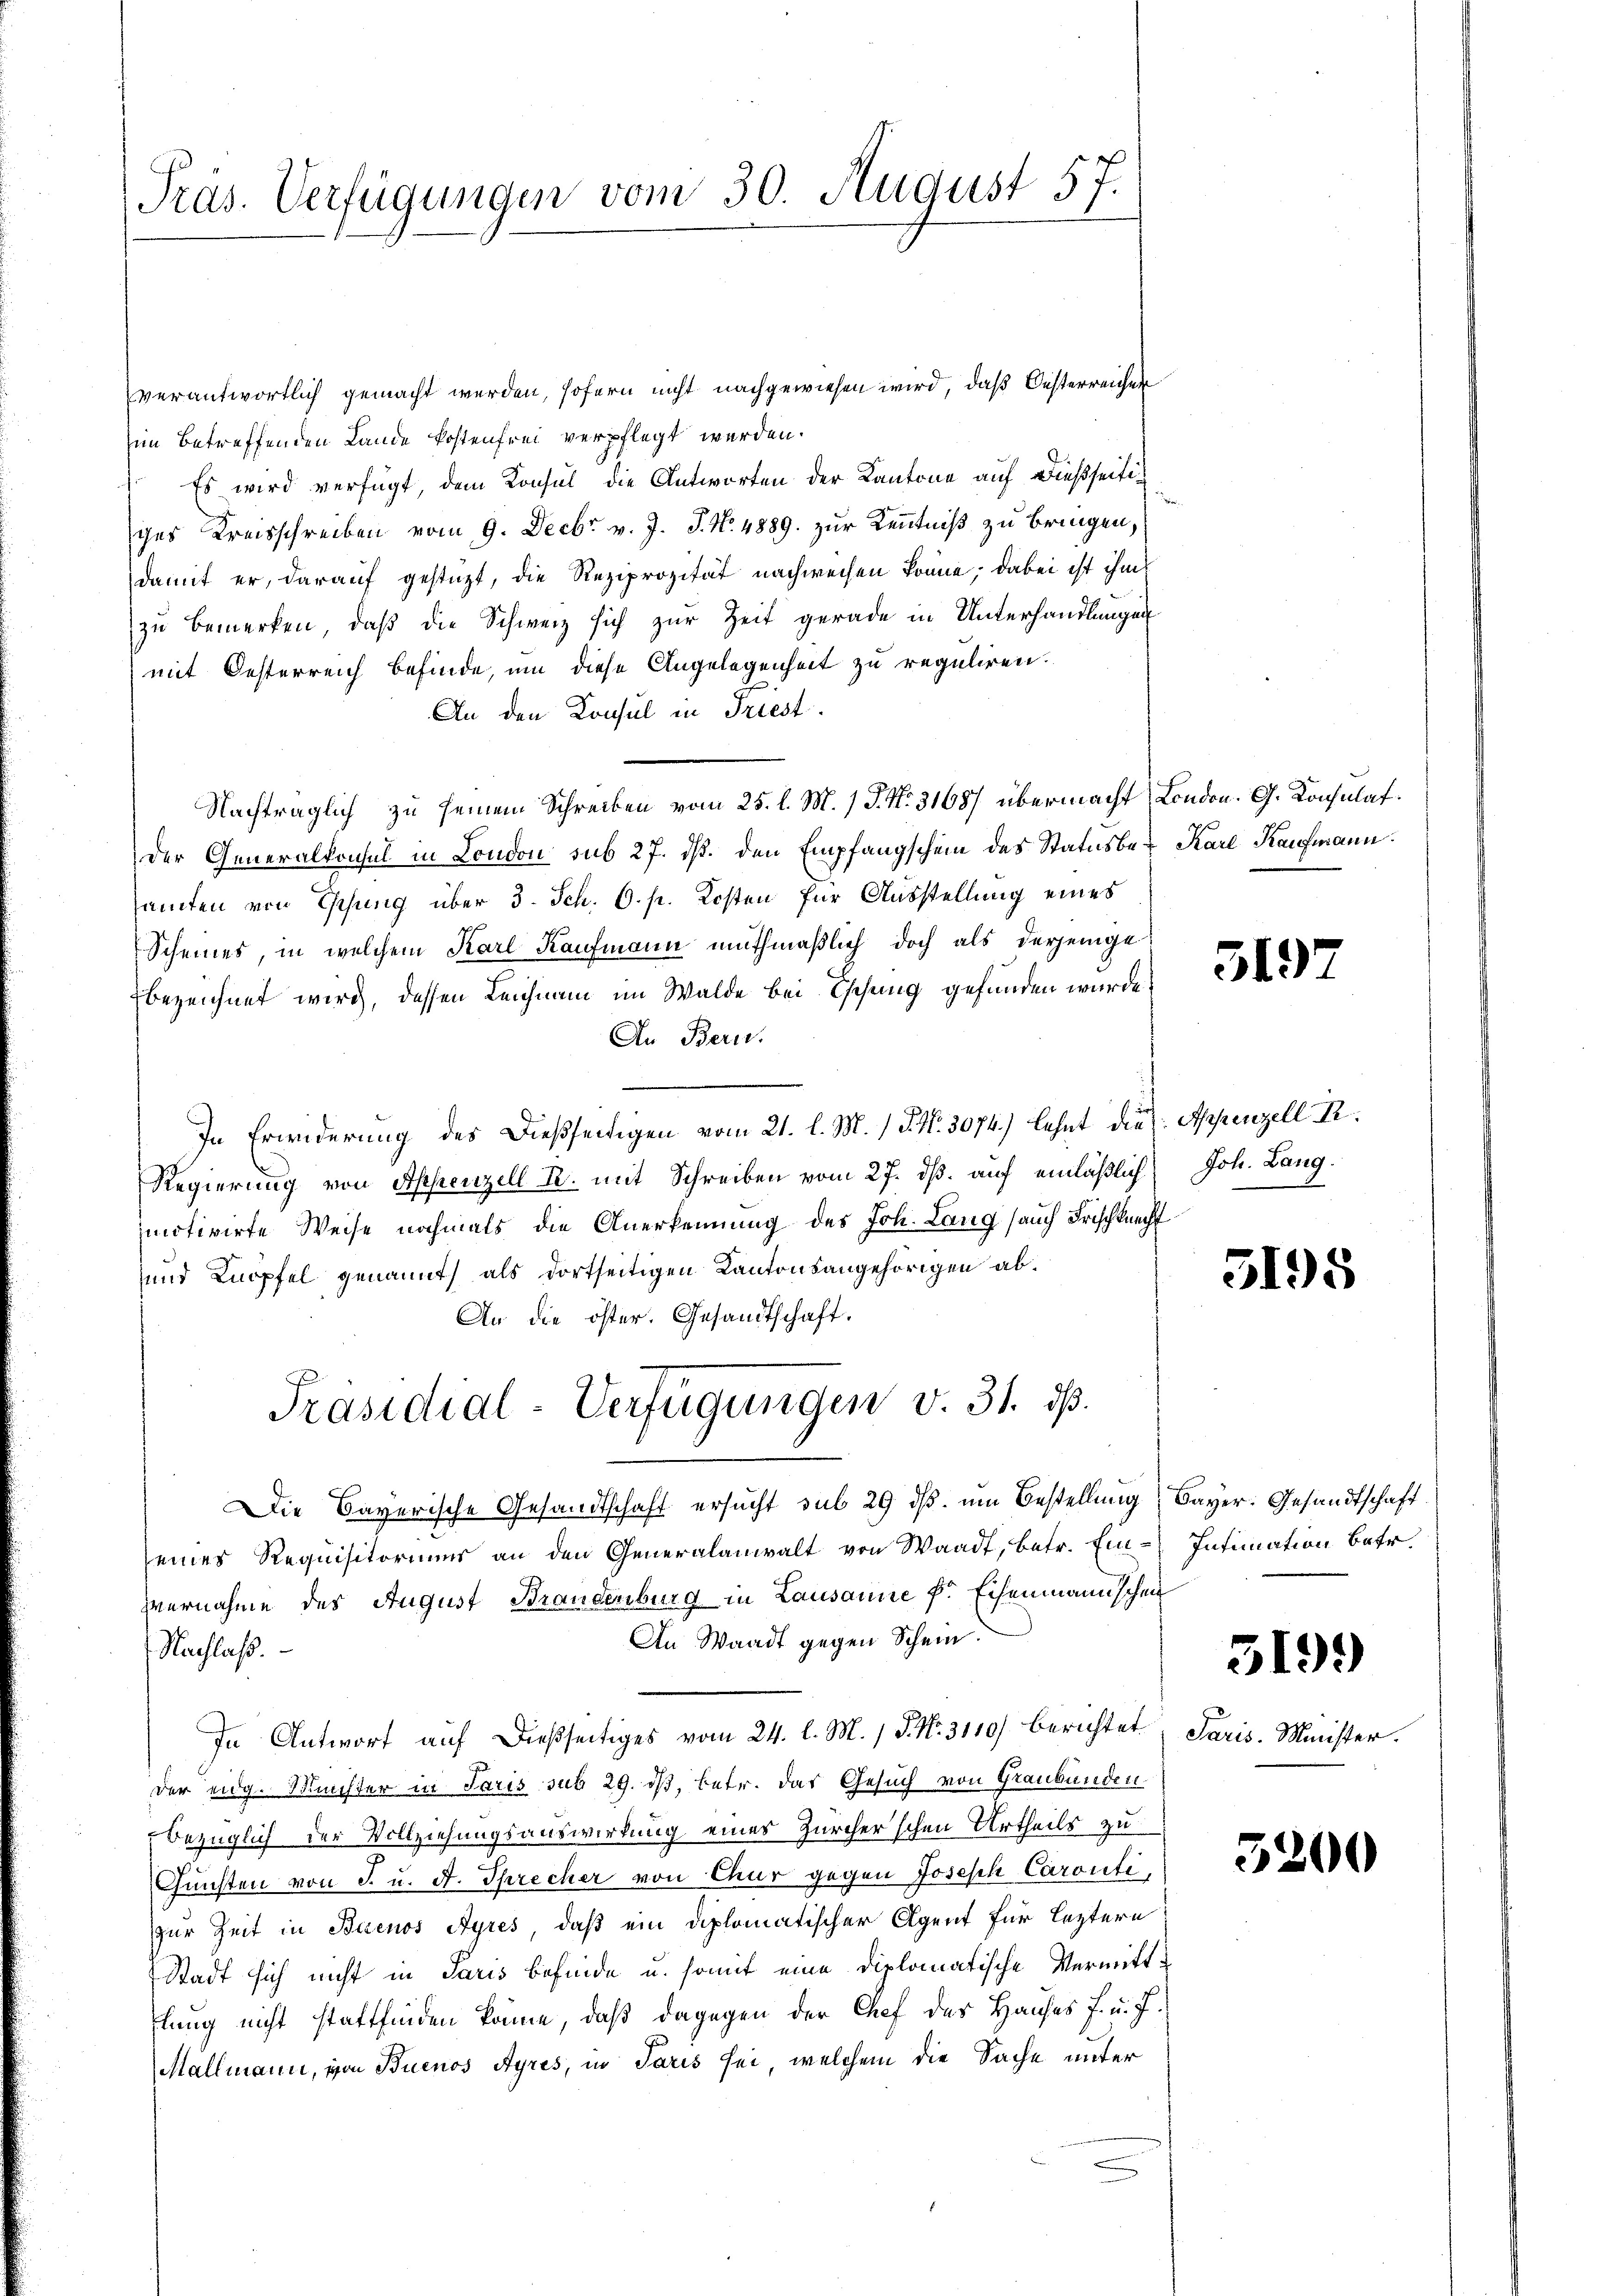
Präs. Verfügungen vom 30. August 57.

verantwortlich gemacht werden, sofern nicht nachgewiesen wird, daß Oesterreichen
im betreffenden Lande kostenfrei verpflegt werden.
 Es wird verfügt, dem Konsul die Antworten der Kantone auf dießseitiges Kreisschreiben vom 9. Decbr v. J. J. N. 4889. zur Kenntniß zu bringen,
damit er, darauf gestüzt, die Reziprozität nachweisen könne; dabei ist ihm
zŭ bemerken, daβ die Schweiz sich zŭr Zeit gerade in Unterhandlungen
mit Oesterreich befinde, um diese Angelegenheit zu reguliren.
An den Konsul in Triest.
Nachträglich zu seinem Schreiben vom 25. l. M. / J. N. 3108) übermacht, London. G. Konsulat
der Generalkonsul in London sub 27. ds. den Empfangschein des Status bei Karl Kaufmann.
samten von Essung über 3. Sch. O. p. Kosten für Ausstellung eines
Scheines, in welchem Karl Kaufmann muthmaßlich doch als derjenige
bezeichnet wird, dessen Leichnam im Walde bei Tschung gefunden wurde.
An Bern.
In Erwiderung des Dießseitigen vom 21. l. M. P. Nr. 3074.) lehnt die Appenzell P.
Regierung von Appenzell T. mit Schreiben vom 27. ds. auf einläßlich Joh. Langmotivirte Weise nochmals die Anerkennung des Joh. Lang (auch Frischknecht
und Knöpfel genannt, als dortseitigen Kantonsangehörigen ab¬
An die öster. Gesandtschaft.
Präsidial-Verfügungen v. 31. ds.
Die Bayerische Gesandtschaft ersucht sub 29 dß um Bestellung, Bayer. Gesandtschaft
eines Requisitorium an den Generalanwalt von Waadt, betr. Ein Intimation betr.
Vernahme des August Brandenburg in Lausanne f. Eisenmannschen
An Waadt gegen Schein.
Nachlaß.
In Antwort aŭf dießseitiges vom 24. l. M. 1 S. Nr. 3110/ berichtet. Paris. Minister.
der eidg. Münster in Paris sub 29. dß, betr. das Gesuch von Graubünden
bezüglich der Vollziehungsauswirkung eines Zürcher'schen Urtheils zu
Gunsten von J. u. A. Sprecher von Chur gegen Joseph Caronti,
zur Zeit in Buenos Ayres, daß ein diplomatischer Agent für leztere
Stadt sich nicht in Paris befinde u. somit eine diplomatische Vermittflung nicht stattfinden könne, daß dagegen der Chef des Hauses f. u. f.
Mallmann, von Buenos Ayres, in Paris sei, welchem die Sache unter

5197

3195

319.

5200